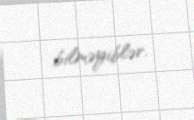
bilməyiblər.